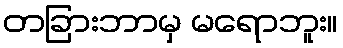
တခြားဘာမှ မရောဘူး။